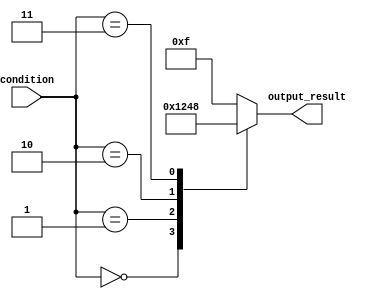
module parallel_case_statement (
    input wire [3:0] condition,
    output reg [3:0] output_result
);

always @*
begin
    case (condition)
        4'b0000: output_result = 4'b0001;
        4'b0001: output_result = 4'b0010;
        4'b0010: output_result = 4'b0100;
        4'b0011: output_result = 4'b1000;
        default: output_result = 4'b1111;
    endcase
end

endmodule